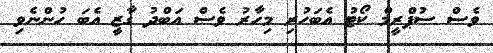
ވެސް ސުޕްރީމް ކޯޓު އެބަހުރި މިހާރު ވެސް އަބްދު ގާޒީ އެބަ ހުންނެވި